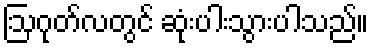
ဩဂုတ်လတွင် ဆုံးပါးသွားပါသည်။